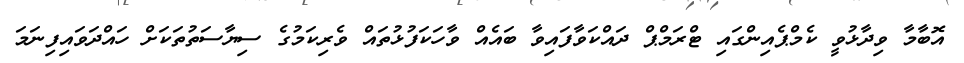
އޮބާމާ ވިދާޅުވީ ކެމްޕެއިންގައި ޓްރަމްޕް ދައްކަވާފައިވާ ބައެއް ވާހަކަފުޅުތައް ވެރިކަމުގެ ސިޔާސަތުތަކަށް ހައްދަވައިފިނަމަ